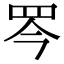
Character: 𦊃